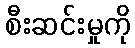
စီးဆင်းမှုကို